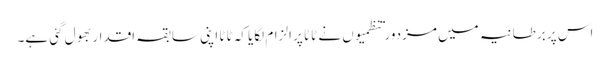
اس پر برطانیہ میں مزدور تنظمیوں نے ٹاٹا پر الزام لگایا کہ ٹاٹا اپنی سابقہ اقدار بھول گئی ہے۔